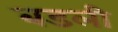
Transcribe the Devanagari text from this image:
बडली